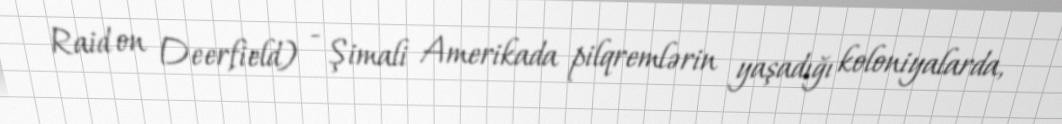
Raid on Deerfield) - Şimali Amerikada pilqremlərin yaşadığı koloniyalarda,